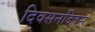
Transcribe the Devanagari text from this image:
दिवसनदिवस